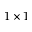
1 \times 1